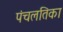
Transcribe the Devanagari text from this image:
पंचलतिका